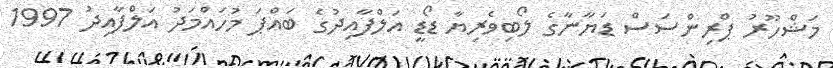
މަޝްހޫރު ޕްރިންސަސް ޑަޔާނާގެ ލޯބިވެރިޔާ ޑޯޑީ އަލްފާއިދުގެ ބައްޕަ މުހައްމަދު އަލްފާއިދު 1997